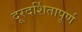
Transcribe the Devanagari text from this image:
दूरदर्शितापूर्ण